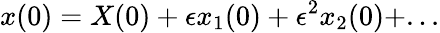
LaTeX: x(0)=X(0)+\epsilon x_{1}(0)+\epsilon^{2}x_{2}(0)+...